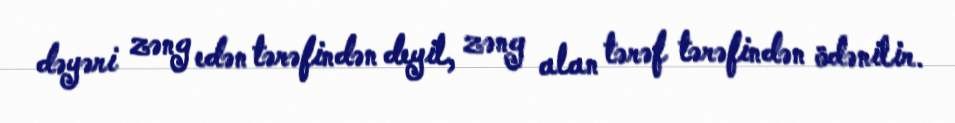
dəyəri zəng edən tərəfindən deyil, zəng alan tərəf tərəfindən ödənilir.